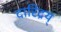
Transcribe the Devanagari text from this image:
दारिद्रय्